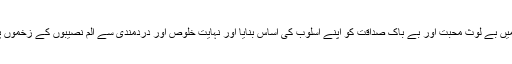
سید جعفر طاہر نے اپنی شاعری میں بے لوث محبت اور بے باک صداقت کو اپنے اسلوب کی اساس بنایا اور نہایت خلوص اور دردمندی سے الم نصیبوں کے زخموں پر مرہم رکھنے کی سعی کی ہے۔